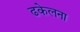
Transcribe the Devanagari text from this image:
ढकेलना